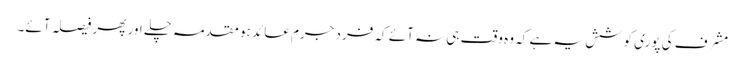
مشرف کی پوری کوشش یہ ہے کہ وہ وقت ہی نہ آئے کہ فرد جرم عائد ہو مقدمہ چلے اور پھر فیصلہ آئے۔